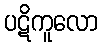
ပဋိကူလော